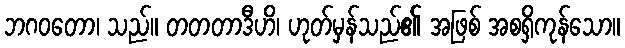
ဘဂဝတော၊ သည်။ တတတာဒီဟိ၊ ဟုတ်မှန်သည်၏ အဖြစ် အစရှိကုန်သော။